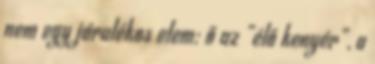
nem egy járulékos elem: ő az „élő kenyér”, a